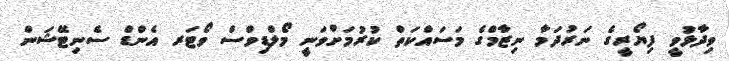
ވިދާޅުވީ ފިޔޯރީގެ ނަރުދަމާ ނިޒާމްގެ މަސައްކަތް ކުރުމަށްވަނީ މޯލްޑިވްސް ވޯޓަރ އެންޑް ސެނިޓޭޝަން